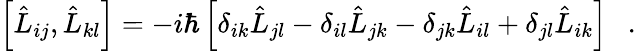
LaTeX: \left[\hat{L}_{ij},\hat{L}_{kl}\right]=-i\hbar\left[\delta_{ik}\hat{L}_{jl}-\delta_{il}\hat{L}_{jk}-\delta_{jk}\hat{L}_{il}+\delta_{jl}\hat{L}_{ik}\right]\ \ \ .